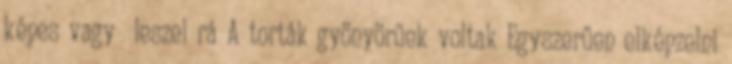
képes vagy leszel rá A torták gyönyörűek voltak Egyszerűen elképzelni